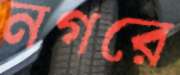
নগরে